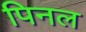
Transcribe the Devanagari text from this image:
पिनल